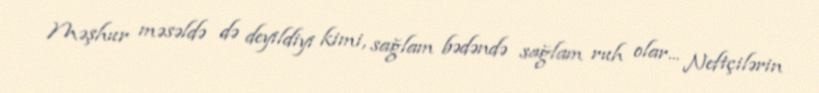
Məşhur məsəldə də deyildiyi kimi, sağlam bədəndə sağlam ruh olar... Neftçilərin